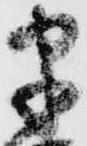
迷